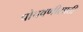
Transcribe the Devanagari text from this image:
पोचवणीसाठी